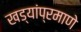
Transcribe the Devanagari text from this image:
खड्यांप्रमाणे